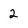
Character: 2